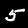
Digit: 5